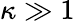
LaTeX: \kappa\gg 1